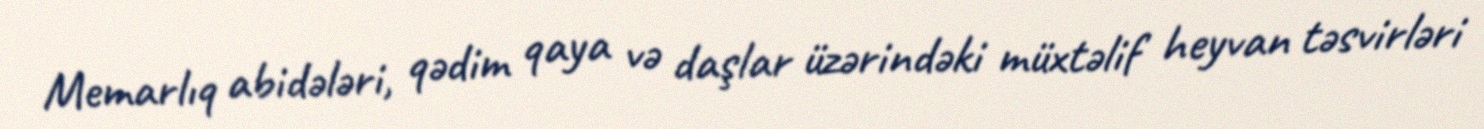
Memarlıq abidələri, qədim qaya və daşlar üzərindəki müxtəlif heyvan təsvirləri